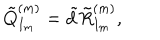
\tilde { Q } _ { I _ { m } } ^ { ( m ) } = \tilde { d } \tilde { R } _ { I _ { m } } ^ { ( m ) } ,